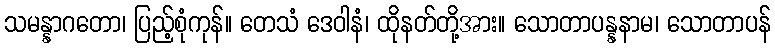
သမန္နာဂတော၊ ပြည့်စုံကုန်။ တေသံ ဒေဝါနံ၊ ထိုနတ်တို့အား။ သောတာပန္နနာမ၊ သောတာပန်